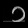
Digit: ၁